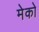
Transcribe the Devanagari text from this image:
मेको